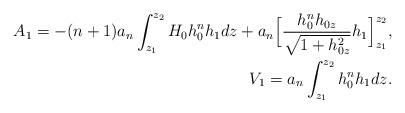
LaTeX: \begin{align*}A_1=-(n+1) a_n \int_{z_1}^{z_2} H_0 h_0^n h_1 dz+a_n \Big[\frac{h_0^n h_{0z} }{\sqrt{ 1+h_{0z}^2 }}h_1\Big]_{z_1}^{z_2},\\V_1=a_n \int_{z_1}^{z_2} h_0^n h_1 dz.\end{align*}